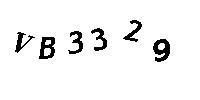
VB3329